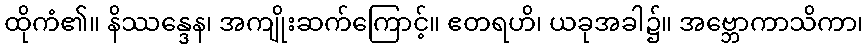
ထိုကံ၏။ နိဿန္ဒေန၊ အကျိုးဆက်ကြောင့်။ ဧတရဟိ၊ ယခုအခါ၌။ အဗ္ဘောကာသိကာ၊